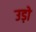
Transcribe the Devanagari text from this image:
उड़ो